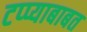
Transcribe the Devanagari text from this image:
टप्प्याबाबत